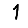
Digit: 1